Vaccination in Bombay 1863-1868 - 1863-1868
Year: 1863
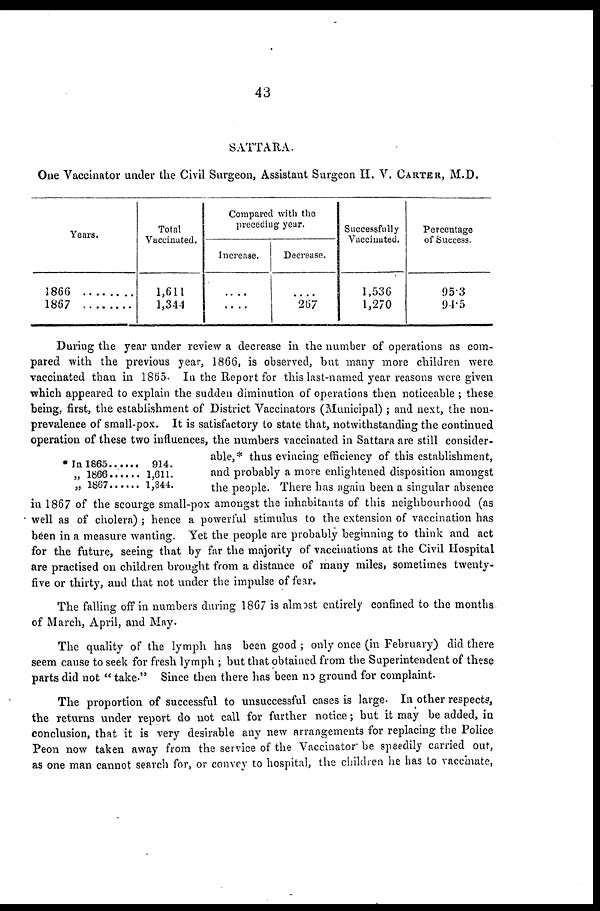
43
SATTARA.
One Vaccinator under the Civil Surgeon, Assistant Surgeon H. V. CARTER, M.D.
Years.
1866
1867
Total
Vaccinated.
1,611
1,344
Compared with the
preceding year.
Increase.
....
....
Decrease.
....
267
Successfully
Vaccinated.
1,536
1,270
Percentage
of Success.
95.3
94.5
During the year under review a decrease in the number of operations as com-
pared with the previous year, 1866, is observed, but many more children were
vaccinated than in 1865. In the Report for this last-named year reasons were given
which appeared to explain the sudden diminution of operations then noticeable ; these
being, first, the establishment of District Vaccinators (Municipal) ; and next, the non-
prevalence of small-pox. It is satisfactory to state that, notwithstanding the continued
operation of these two influences, the numbers vaccinated in Sattara are still consider-
able,* thus evincing efficiency of this establishment,
and probably a more enlightened disposition amongst
the people. There has again been a singular absence
in 1867 of the scourge small-pox amongst the inhabitants of this neighbourhood (as
well as of cholera) ; hence a powerful stimulus to the extension of vaccination has
been in a measure wanting. Yet the people are probably beginning to think and act
for the future, seeing that by far the majority of vaccinations at the Civil Hospital
are practised on children brought from a distance of many miles, sometimes twenty-
five or thirty, and that not under the impulse of fear.
* In 1865 . . . . . .
„ 1866 . . . . . .
„ 1867 . . . . . .
914.
1,611.
1,344.
The falling off in numbers during 1867 is almost entirely confined to the months
of March, April, and May.
The quality of the lymph has been good ; only once (in February) did there
seem cause to seek for fresh lymph ; but that obtained from the Superintendent of these
parts did not " take." Since then there has been no ground for complaint.
The proportion of successful to unsuccessful cases is large. In other respects,
the returns under report do not call for further notice; but it may be added, in
conclusion, that it is very desirable any new arrangements for replacing the Police
Peon now taken away from the service of the Vaccinator be speedily carried out,
as one man cannot search for, or convey to hospital, the children he has to vaccinate,